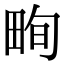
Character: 𤱬